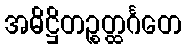
အဓိဋ္ဌိတဉ္စတ္ထင်္ဂတေ